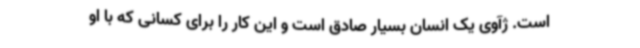
است. ژآوی یک انسان بسیار صادق است و این کار را برای کسانی که با او